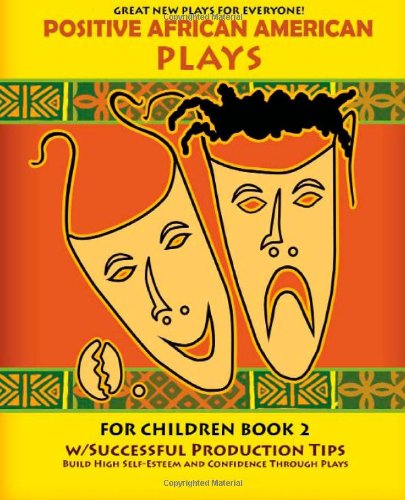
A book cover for Positive African American Plays For Children Book 2: Build High Self-Esteem and Confidence Through Plays; Britt Miller; Literature & Fiction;